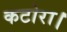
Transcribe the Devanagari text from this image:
कटोरा।